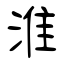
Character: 淮